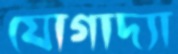
যোগাদ্যা